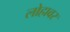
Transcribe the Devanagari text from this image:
लोहावर